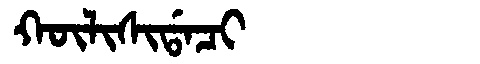
Manchu: ᡴᡡᠯᡳᠰᡳᡩᠠᠴᡳ
Romanization: KŪLISIDACI